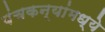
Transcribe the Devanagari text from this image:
पंचकन्यांमध्ये